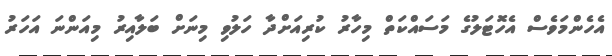
އެހެންމަވެސް އެހޮޓަލުގެ މަސައްކަތް މިހާރު ކުރިއަށްދާ ހަލުވި މިނަށް ބަލާއިރު މިއަންނަ އަހަރު